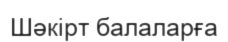
Шәкірт балаларға